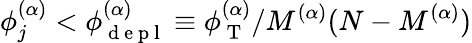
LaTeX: \phi_{j}^{(\alpha)}<\phi_{\mathrm{~d~e~p~l~}}^{(\alpha)}\equiv\phi_{\mathrm{~T~}}^{(\alpha)}/M^{(\alpha)}(N-M^{(\alpha)})